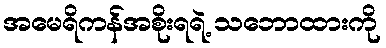
အမေရိကန်အစိုးရရဲ့ သဘောထားကို